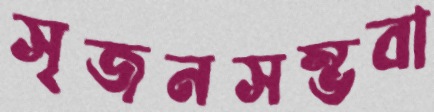
সৃজনসম্ভবা